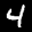
Label: 4